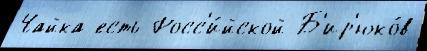
Чайка есть Росс'и́йской Б'ир'юко́в